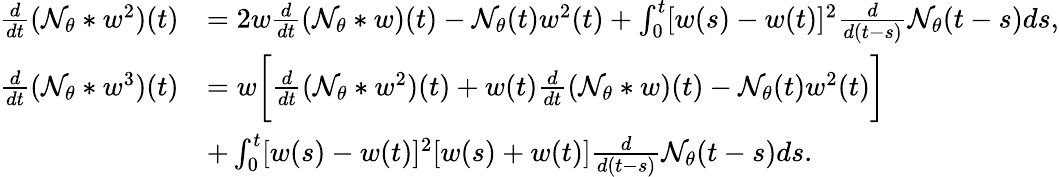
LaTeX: \begin{array}{rl}{\frac{d}{dt}(\mathcal{N}_{\theta}*w^{2})(t)}&{=2w\frac{d}{dt}(\mathcal{N}_{\theta}*w)(t)-\mathcal{N}_{\theta}(t)w^{2}(t)+\int_{0}^{t}[w(s)-w(t)]^{2}\frac{d}{d(t-s)}\mathcal{N}_{\theta}(t-s)ds,}\\ {\frac{d}{dt}(\mathcal{N}_{\theta}*w^{3})(t)}&{=w\bigg[\frac{d}{dt}(\mathcal{N}_{\theta}*w^{2})(t)+w(t)\frac{d}{dt}(\mathcal{N}_{\theta}*w)(t)-\mathcal{N}_{\theta}(t)w^{2}(t)\bigg]}\\ &{+\int_{0}^{t}[w(s)-w(t)]^{2}[w(s)+w(t)]\frac{d}{d(t-s)}\mathcal{N}_{\theta}(t-s)ds.}\end{array}